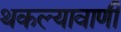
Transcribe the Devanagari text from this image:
थकल्यावाणी